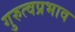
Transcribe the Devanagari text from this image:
गुरुत्वप्रभाव